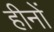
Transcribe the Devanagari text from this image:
हीनों